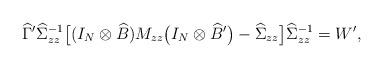
LaTeX: \begin{align*}\widehat\Gamma{}'\widehat\Sigma_{zz}^{-1}\bigl[(I_N\otimes\widehat B)M_{z z}\bigl(I_N\otimes\widehat B{}'\bigr)-\widehat\Sigma _{zz}\bigr]\widehat\Sigma_{z z}^{-1}=W',\end{align*}